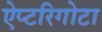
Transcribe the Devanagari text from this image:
ऐप्टरिगोटा